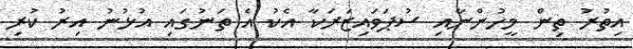
އިތުރު ތިން މީހުންނާއި ސުޕަވައިޒަރަކާ އެކު އެ ތަނުގައި އުޅުނު އިރު ކުރި